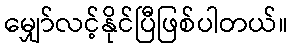
မျှော်လင့်နိုင်ပြီဖြစ်ပါတယ်။